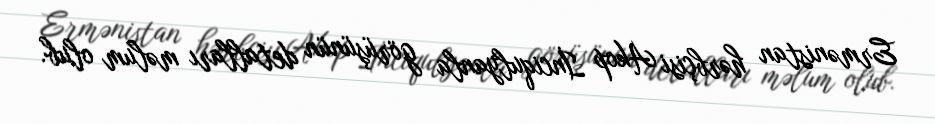
Ermənistan hərbçisi Akop İnciqulyanla görüşünün detalları məlum olub.